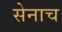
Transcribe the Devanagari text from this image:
सेनाच